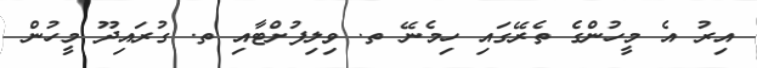
އިރު އެ މީހުންގެ ތެރޭގައި ހިމެނޭ ތ. ވިލިފުށްޓާއި ތ. ގުރައިދޫ މީހުން